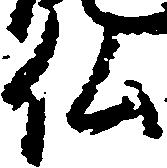
仏